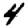
Digit: 4